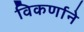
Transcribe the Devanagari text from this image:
विकर्णाने